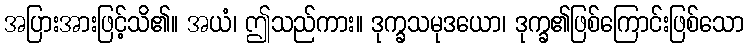
အပြားအားဖြင့်သိ၏။ အယံ၊ ဤသည်ကား။ ဒုက္ခသမုဒယော၊ ဒုက္ခ၏ဖြစ်ကြောင်းဖြစ်သော